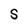
Character: S